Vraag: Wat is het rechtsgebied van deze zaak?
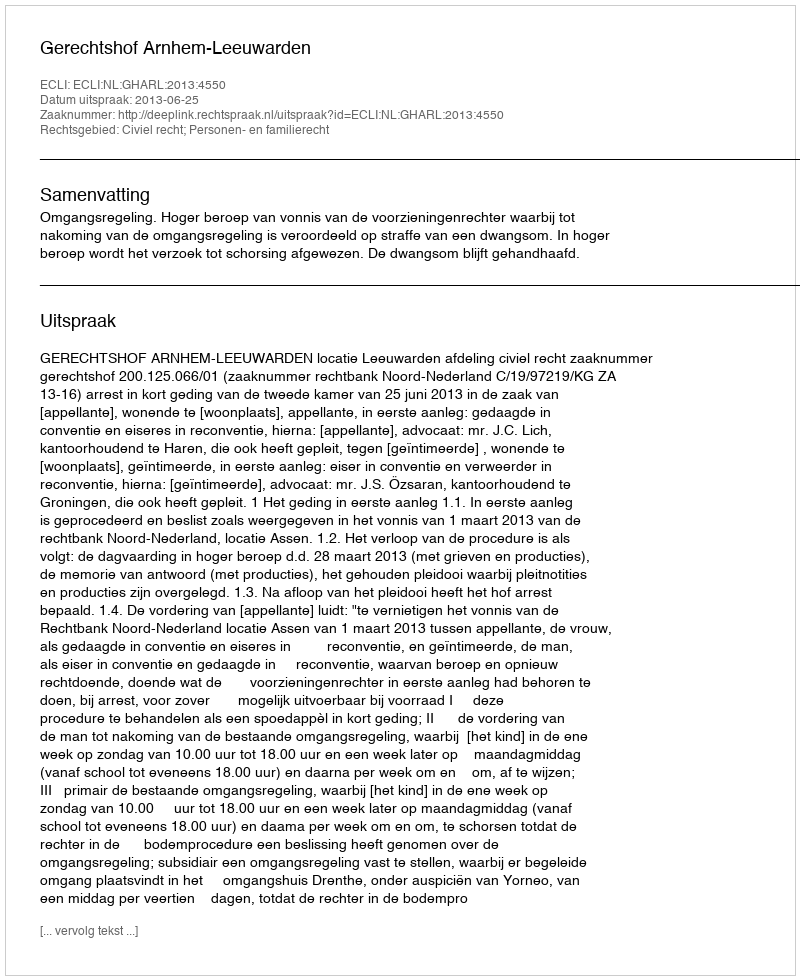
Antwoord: Civiel recht; Personen- en familierecht